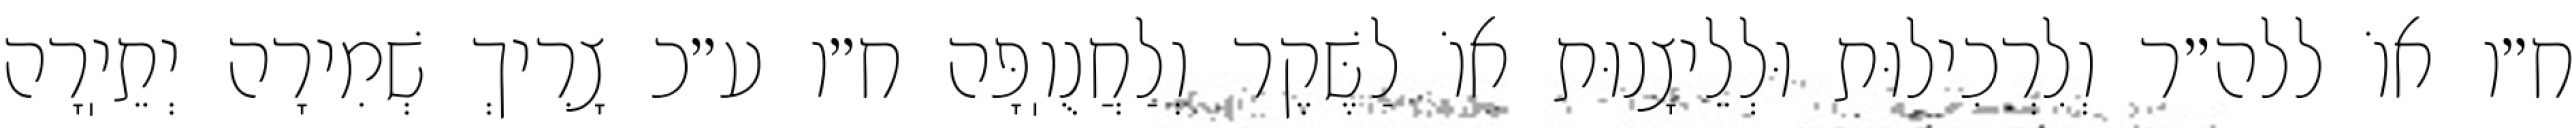
ח״ו אוֹ ללה״ר וְלִרְכִילוּת וּלְלֵיצָנוּת אוֹ לַשֶּׁקֶר וְלַחֲנֻוֽפָּה ח״ו ע״כ צָרִיךְ שְׁמִירָה יְתֵיֽרָה